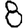
Digit: 8